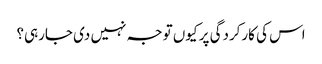
اس کی کارکردگی پر کیوں توجہ نہیں دی جارہی؟